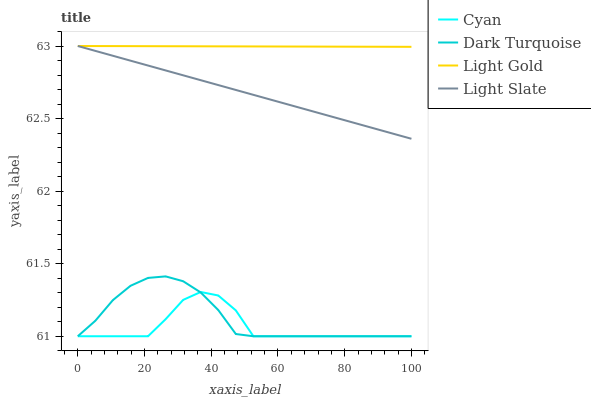
| xaxis_label | Cyan | Dark Turquoise | Light Gold | Light Slate |
 | --- | --- | --- | --- | --- |
 | 0 | 61 | 61 | 63 | 63 |
 | 5.26 | 61 | 61.1 | 63 | 63 |
 | 10.5 | 61 | 61.2 | 63 | 62.9 |
 | 15.8 | 61 | 61.3 | 63 | 62.9 |
 | 21.1 | 61 | 61.4 | 63 | 62.9 |
 | 26.3 | 61.1 | 61.4 | 63 | 62.8 |
 | 31.6 | 61.3 | 61.4 | 63 | 62.8 |
 | 36.8 | 61.3 | 61.3 | 63 | 62.8 |
 | 42.1 | 61.3 | 61.2 | 63 | 62.7 |
 | 47.4 | 61.2 | 61 | 63 | 62.7 |
 | 52.6 | 61 | 61 | 63 | 62.7 |
 | 57.9 | 61 | 61 | 63 | 62.6 |
 | 63.2 | 61 | 61 | 63 | 62.6 |
 | 68.4 | 61 | 61 | 63 | 62.6 |
 | 73.7 | 61 | 61 | 63 | 62.5 |
 | 78.9 | 61 | 61 | 63 | 62.5 |
 | 84.2 | 61 | 61 | 63 | 62.5 |
 | 89.5 | 61 | 61 | 63 | 62.4 |
 | 94.7 | 61 | 61 | 63 | 62.4 |
 | 100 | 61 | 61 | 63 | 62.4 |